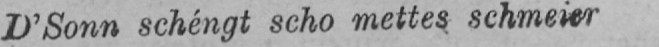
D’Sonn schéngt scho mettes schmeier